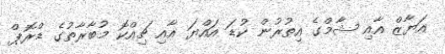
އަޔާޒް އާއި ޝާމްގެ އިތުރުން ކުޑަ އައްޔަ އާއި ޗިއްކޮ މުބާރާތުގެ ޑްރޮޕް